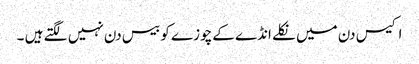
اکیس دن میں نکلے انڈے کےچوزے کو بیس دن نہیں لگتے ہیں ۔